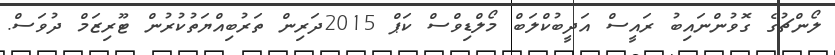
ލޯންޗުގެ ގޮވުންނައިބު ރައީސް އަދީބުކްލަބް މޯލްޑިވްސް ކަޕް 2015ދަރިން ތަރުބިއްޔަތުކުރުން ޓޫރިޒަމް ދުވަސް.